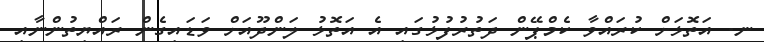
ނ. އަތޮޅަށް ކުރައްވާ ކެމްޕޭން ދަތުރުފުޅުގައި އެ އަތޮޅު ލަންދޫއަށް ވަޑައިގެން ރައްޔިތުންނާއި